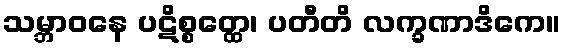
သမ္ဘာဝနေ ပဋိစ္စတ္ထေ၊ ပတီတိ လက္ခဏာဒိကေ။